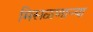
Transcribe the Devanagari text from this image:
मिसळणार्‍या